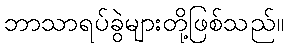
ဘာသာရပ်ခွဲများတို့ဖြစ်သည်။